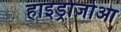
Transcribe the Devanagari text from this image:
हाइड्रोजोआ